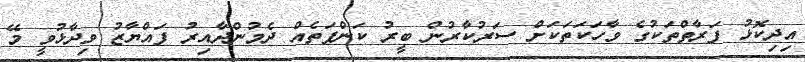
އިދިކޮޅު ފަރާތްތަކުގެ ވާހަކަތަކަށް ސަރުކާރުން ބީރު ކަންފަތެއް ދެމުންދާއިރު ފައްޔާޒު ވިދާޅުވީ މޭ